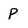
Character: p